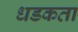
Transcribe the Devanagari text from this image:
धडकता